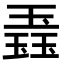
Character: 𬍼